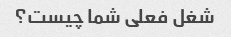
شغل فعلی شما چیست؟